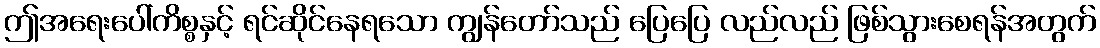
ဤအရေးပေါ်ကိစ္စနှင့် ရင်ဆိုင်နေရသော ကျွန်တော်သည် ပြေပြေ လည်လည် ဖြစ်သွားစေရန်အတွက်